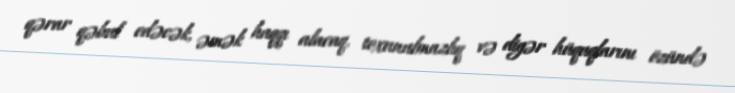
qərar qəbul edəcək, əmək haqqı alacaq, toxunulmazlıq və digər hüquqlarını özündə